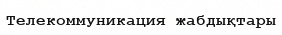
Телекоммуникация жабдықтары